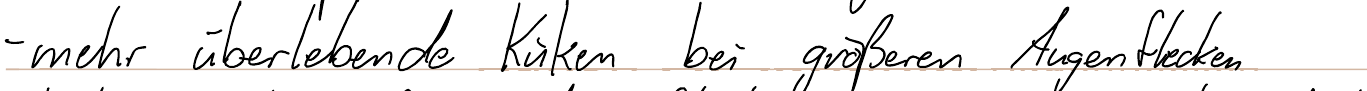
- mehr überlebende Küken bei größeren Augenflecken